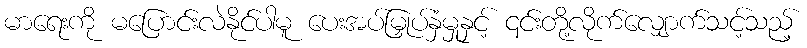
မာရေးကို မပြောင်းလဲနိုင်ပါမူ ပေးအပ်မြှုပ်နှံမှုနှင့် ၎င်းတို့လိုက်လျှောက်သင့်သည့်